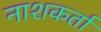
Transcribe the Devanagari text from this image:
नाशकर्ता